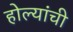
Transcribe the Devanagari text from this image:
होल्यांची